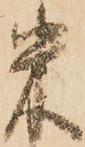
米